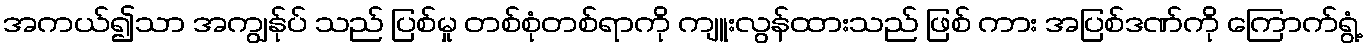
အကယ်၍သာ အကျွန်ုပ် သည် ပြစ်မှု တစ်စုံတစ်ရာကို ကျူးလွန်ထားသည် ဖြစ် ကား အပြစ်ဒဏ်ကို ကြောက်ရွံ့